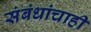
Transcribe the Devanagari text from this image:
संबंधांचाही